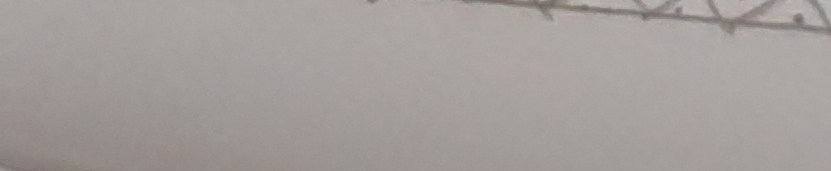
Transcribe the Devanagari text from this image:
चाहिन्छ